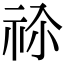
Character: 𥙄